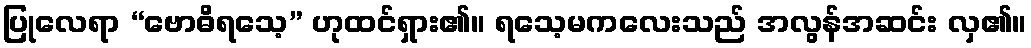
ပြုလေရာ “ဗောဓိရသေ့” ဟုထင်ရှား၏။ ရသေ့မကလေးသည် အလွန်အဆင်း လှ၏။